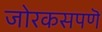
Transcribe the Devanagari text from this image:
जोरकसपणॆ